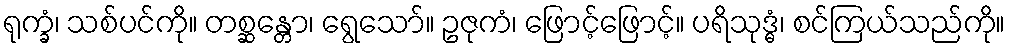
ရုက္ခံ၊ သစ်ပင်ကို။ တစ္ဆန္တော၊ ရွေသော်။ ဥဇုကံ၊ ဖြောင့်ဖြောင့်။ ပရိသုဒ္ဓံ၊ စင်ကြယ်သည်ကို။